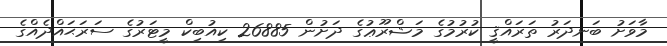
މާވަށު ބަނދަރު ތަރައްޤީ ކުރުމުގެ މަޝްރޫޢުގެ ދަށުން 26885 ކިއުބިކް މީޓަރުގެ ސަރަޙައްދެއްގެ